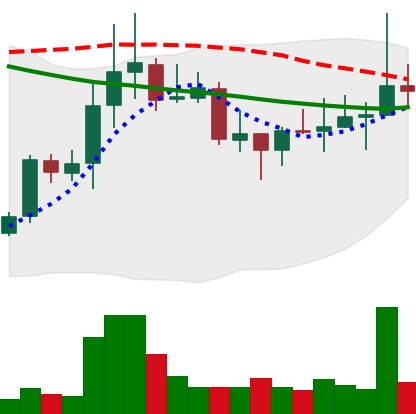
Ticker: DOGE-USD
Chart end date: 2021-10-19
Forward return: 12.718%
Label: up_7plus